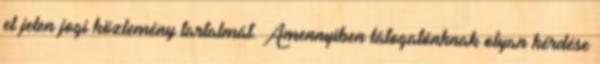
el jelen jogi közlemény tartalmát. Amennyiben látogatónknak olyan kérdése